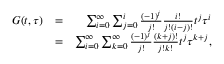
\begin{array} { r l r } { G ( t , \tau ) } & { = } & { \sum _ { i = 0 } ^ { \infty } \sum _ { j = 0 } ^ { i } \frac { ( - 1 ) ^ { j } } { j ! } \frac { i ! } { j ! ( i - j ) ! } t ^ { j } \tau ^ { i } } \\ & { = } & { \sum _ { i = 0 } ^ { \infty } \sum _ { k = 0 } ^ { \infty } \frac { ( - 1 ) ^ { j } } { j ! } \frac { ( k + j ) ! } { j ! k ! } t ^ { j } \tau ^ { k + j } , } \end{array}